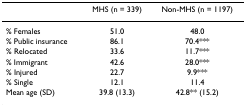
<table><thead><tr><td></td><td><b>MHS (n = 339)</b></td><td><b>Non-MHS (n = 1197)</b></td></tr></thead><tbody><tr><td>% Females</td><td>51.0</td><td>48.0</td></tr><tr><td>% Public insurance</td><td>86.1</td><td>70.4***</td></tr><tr><td>% Relocated</td><td>33.6</td><td>11.7***</td></tr><tr><td>% Immigrant</td><td>42.6</td><td>28.0***</td></tr><tr><td>% Injured</td><td>22.7</td><td>9.9***</td></tr><tr><td>% Single</td><td>12.1</td><td>11.4</td></tr><tr><td>Mean age (SD)</td><td>39.8 (13.3)</td><td>42.8** (15.2)</td></tr></tbody></table>